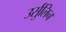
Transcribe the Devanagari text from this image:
उर्सुलिन